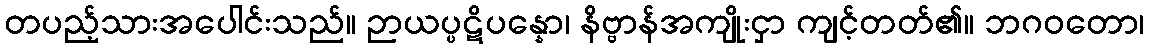
တပည့်သားအပေါင်းသည်။ ဉာယပ္ပဋိပန္နော၊ နိဗ္ဗာန်အကျိုးငှာ ကျင့်တတ်၏။ ဘဂဝတော၊